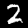
Label: 2